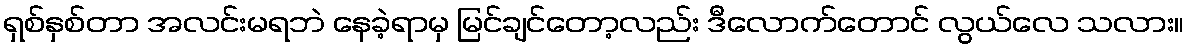
ရှစ်နှစ်တာ အလင်းမရဘဲ နေခဲ့ရာမှ မြင်ချင်တော့လည်း ဒီလောက်တောင် လွယ်လေ သလား။